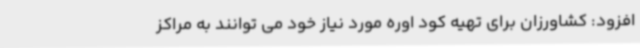
افزود: کشاورزان برای تهیه کود اوره مورد نیاز خود می توانند به مراکز